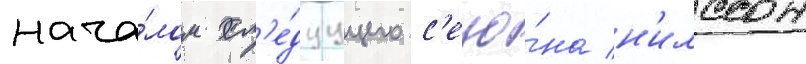
нача́лом сл'е́дуущего с'езо́на н'илссон